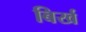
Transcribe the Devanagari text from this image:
बिर्ख